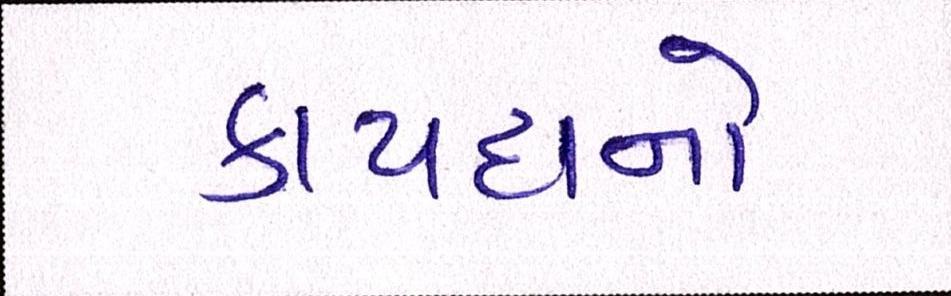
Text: કાયદાનો